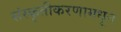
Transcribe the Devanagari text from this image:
संस्कृतीकरणामधून